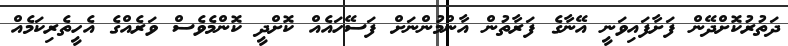
ދަތުރުކޮށްދޭން ފަށާފައިވަނީ އޭނާގެ ފަރާތުން އާންމުންނަށް ފަސޭހައެއް ކޮށްދީ ކޮންމެވެސް ވަރެއްގެ އެހީތެރިކަމެއް